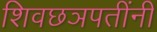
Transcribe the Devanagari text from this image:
शिवछञपतींनी